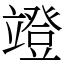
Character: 竳